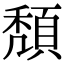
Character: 頽